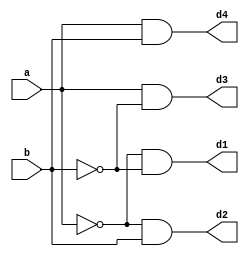
module dddcodde(d1,d2,d3,d4,a,b);
output d1,d2,d3,d4;
input a,b;
assign d1=~a&~b;
assign d2=~a&b;
assign d3=a&~b;
assign d4=a&b;
endmodule